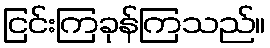
ငြင်းကြခုန်ကြသည်။